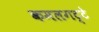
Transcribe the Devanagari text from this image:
कमलगट्टे